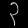
Digit: ၃